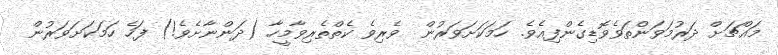
މައްޗަށް ދަރުމަވަންތަވެވޮޑިގެންފިއެވެ. ހަމަކަށަވަރުން  ވެރިވެ ކެތްތެރިވާމީހާ (ދަންނާށެވެ!) ފަހެ ހަމަކަށަވަރުން